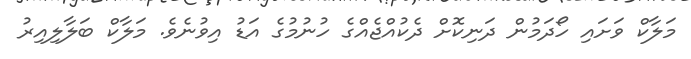
މަލާކް ވަށައި ހޯދަމުން ދަނިކޮށް ދެކުއްޖެއްގެ ހުނުމުގެ އަޑު އިވުނެވެ. މަލާކް ބަލާލިއިރު